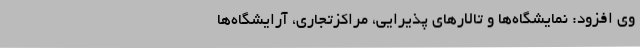
وی افزود: نمایشگاه‌ها و تالارهای پذیرایی، مراکزتجاری، آرایشگاه‌ها